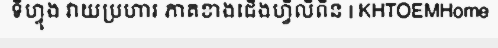
ទីហ្វុង វាយប្រហារ ភាគខាងជើងហ្វីលីពីន | KHTOEMHome